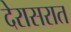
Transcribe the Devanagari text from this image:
देरासरात